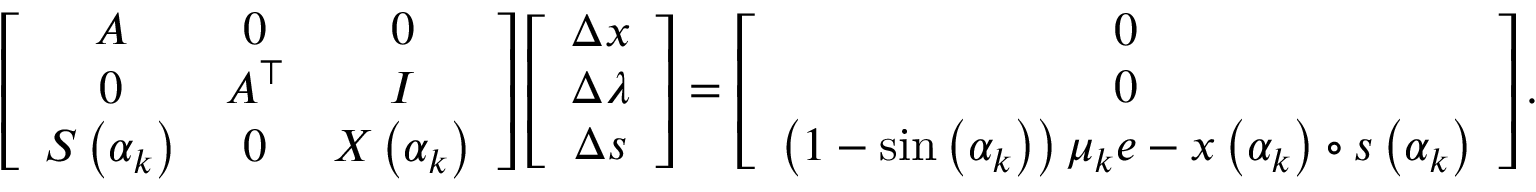
\left[ \begin{array} { c c c } { A } & { 0 } & { 0 } \\ { 0 } & { A ^ { \top } } & { I } \\ { S \left( \alpha _ { k } \right) } & { 0 } & { X \left( \alpha _ { k } \right) } \end{array} \right] \left[ \begin{array} { c } { \Delta x } \\ { \Delta \lambda } \\ { \Delta s } \end{array} \right] = \left[ \begin{array} { c } { 0 } \\ { 0 } \\ { \left( 1 - \sin \left( \alpha _ { k } \right) \right) \mu _ { k } e - x \left( \alpha _ { k } \right) \circ s \left( \alpha _ { k } \right) } \end{array} \right] .